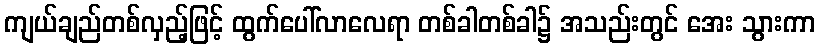
ကျယ်ချည်တစ်လှည့်ဖြင့် ထွက်ပေါ်လာလေရာ တစ်ခါတစ်ခါ၌ အသည်းတွင် အေး သွားကာ